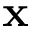
\mathbf { x }